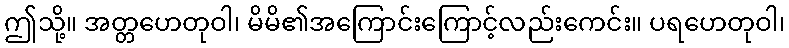
ဤသို့။ အတ္တဟေတုဝါ၊ မိမိ၏အကြောင်းကြောင့်လည်းကေင်း။ ပရဟေတုဝါ၊